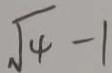
\sqrt { 4 } - 1